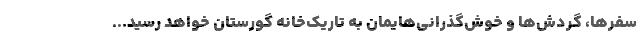
سفرها، گردش‌ها و خوش‌گذرانی‌هایمان به تاریک‌خانه گورستان خواهد رسید...